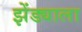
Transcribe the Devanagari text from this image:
झेंड्याला